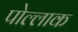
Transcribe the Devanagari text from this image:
पोल्लाक